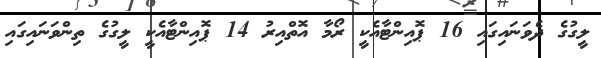
ލީގުގެ ދެވަނައިގައި 16 ޕޮއިންޓާއެކީ ރޯމާ އޮތްއިރު 14 ޕޮއިންޓާއެކީ ލީގުގެ ތިންވަނައިގައި